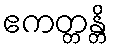
ဧကတ္တန္တိ